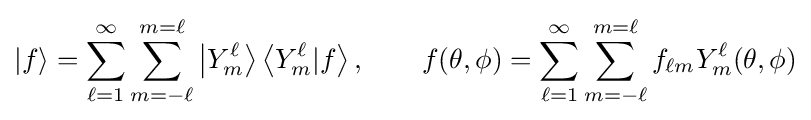
|f\rangle =\sum _{\ell =1}^{\infty }\sum _{m=-\ell }^{m=\ell }\left|Y_{m}^{\ell }\right\rangle \left\langle Y_{m}^{\ell }|f\right\rangle ,\qquad f(\theta ,\phi )=\sum _{\ell =1}^{\infty }\sum _{m=-\ell }^{m=\ell }f_{\ell m}Y_{m}^{\ell }(\theta ,\phi )